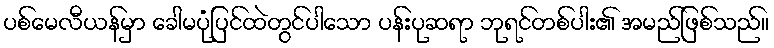
ပစ်မေလီယန်မှာ ခေါမပုံပြင်ထဲတွင်ပါသော ပန်းပုဆရာ ဘုရင်တစ်ပါး၏ အမည်ဖြစ်သည်။